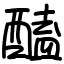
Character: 醘